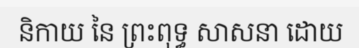
និកាយ នៃ ព្រះពុទ្ធ សាសនា ដោយ